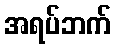
အရပ်ဘက်